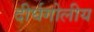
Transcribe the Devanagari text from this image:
दीर्घगोलीय